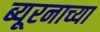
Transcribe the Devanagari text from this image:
ब्यूरनाच्या